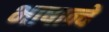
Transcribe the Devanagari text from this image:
भाषान्चे